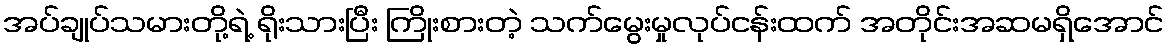
အပ်ချုပ်သမားတို့ရဲ့ ရိုးသားပြီး ကြိုးစားတဲ့ သက်မွေးမှုလုပ်ငန်းထက် အတိုင်းအဆမရှိအောင်